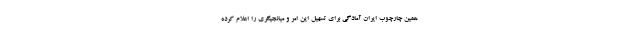
همین چارچوب ایران آمادگی برای تسهیل این امر و میانجیگری را اعلام کرده